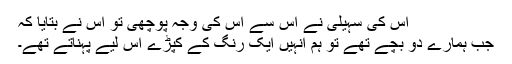
اس کی سہیلی نے اس سے اس کی وجہ پوچھی تو اس نے بتایا کہ
جب ہمارے دو بچے تھے تو ہم انہیں ایک رنگ کے کپڑے اس لیے پہناتے تھے۔